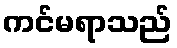
ကင်မရာသည်